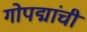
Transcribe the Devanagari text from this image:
गोपद्मांची